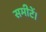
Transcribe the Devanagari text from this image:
समीटें।